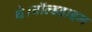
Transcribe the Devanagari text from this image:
थे।वॉल्डहाइम